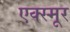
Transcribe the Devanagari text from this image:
एक्स्मूर